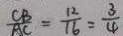
\frac { C B } { A C } = \frac { 1 2 } { 1 6 } = \frac { 3 } { 4 }